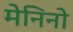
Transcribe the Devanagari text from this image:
मेनिनो